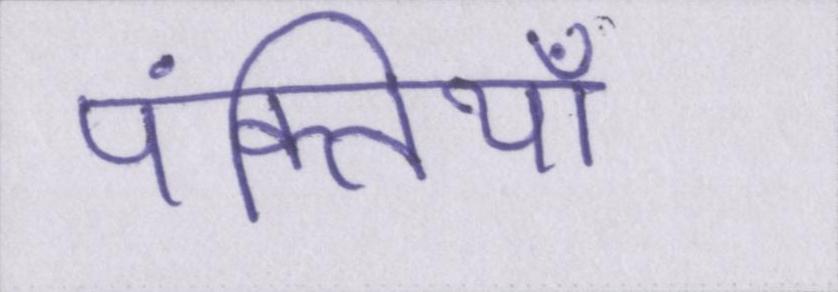
पंक्तियाँ